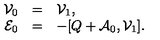
\begin{array} { r c l } { { \cal { V } } _ { 0 } } & { = } & { { \cal { V } } _ { 1 } , } \\ { { \cal { E } } _ { 0 } } & { = } & { - [ Q + { \cal { A } } _ { 0 } , { \cal { V } } _ { 1 } ] . } \\ \end{array}